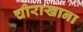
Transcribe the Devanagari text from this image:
चीराखाना